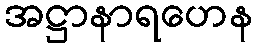
အဋ္ဌာနာရဟေန